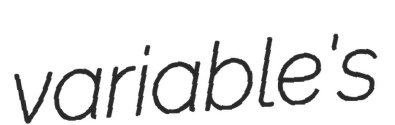
variable's